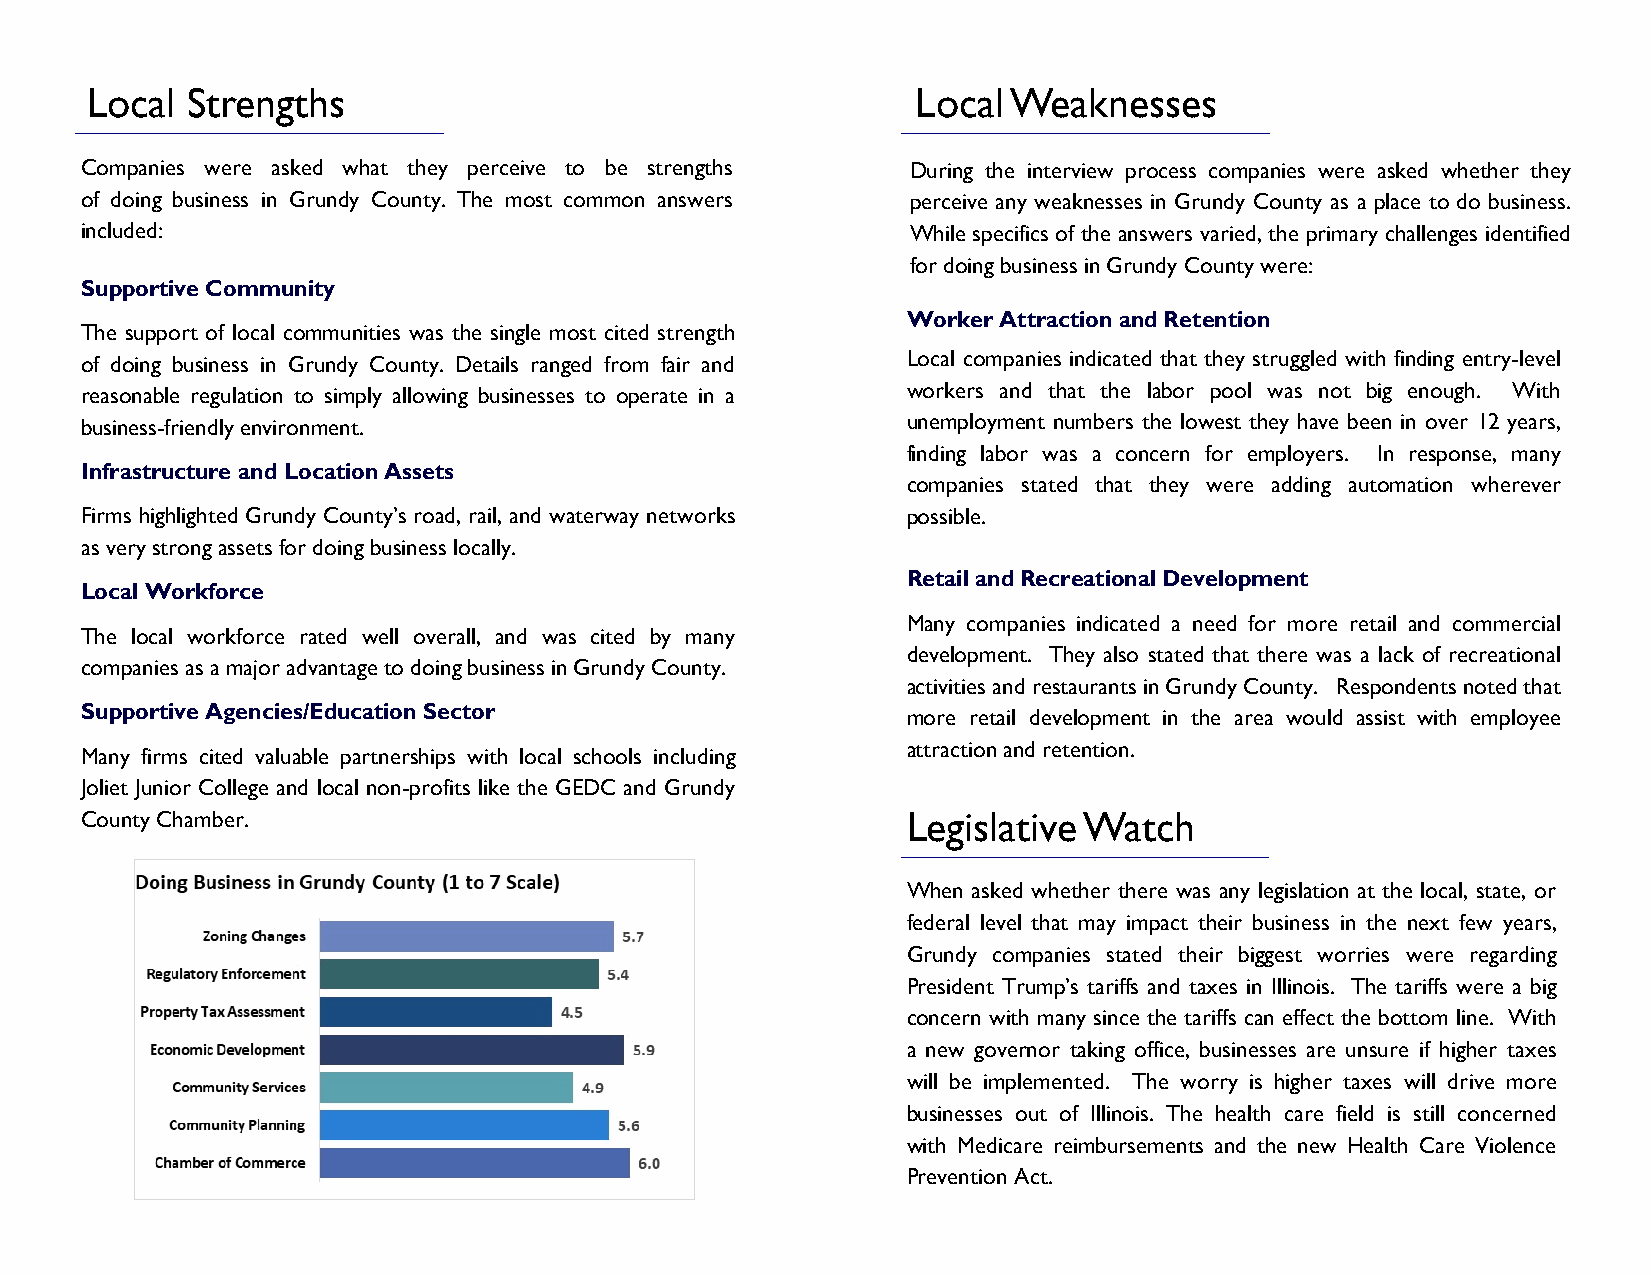
Local Strengths                                        Local Weaknesses
 Companies were asked what they perceive to be strengths During the interview process companies were asked whether they
 of doing business in Grundy County. The most common answers perceive any weaknesses in Grundy County as a place to do business.
 included:                                              While specifics of the answers varied, the primary challenges identified
 for doing business in Grundy County were:
 Supportive Community
 Worker Attraction and Retention
 The support of local communities was the single most cited strength
 of doing business in Grundy County. Details ranged from fair and Local companies indicated that they struggled with finding entry-level
 reasonable regulation to simply allowing businesses to operate in a workers and that the labor pool was not big enough. With
 business-friendly environment.                         unemployment numbers the lowest they have been in over 12 years,
 finding labor was a concern for employers. In response, many
 Infrastructure and Location Assets
 companies stated that they were adding automation wherever
 Firms highlighted Grundy County’s road, rail, and waterway networks possible.
 as very strong assets for doing business locally.
 Retail and Recreational Development
 Local Workforce
 Many companies indicated a need for more retail and commercial
 The local workforce rated well overall, and was cited by many
 development. They also stated that there was a lack of recreational
 companies as a major advantage to doing business in Grundy County.
 activities and restaurants in Grundy County. Respondents noted that
 Supportive Agencies/Education Sector                   more retail development in the area would assist with employee
 attraction and retention.
 Many firms cited valuable partnerships with local schools including
 Joliet Junior College and local non-profits like the GEDC and Grundy
 County Chamber.                                        Legislative Watch
 When asked whether there was any legislation at the local, state, or
 federal level that may impact their business in the next few years,
 Grundy companies stated their biggest worries were regarding
 President Trump’s tariffs and taxes in Illinois. The tariffs were a big
 concern with many since the tariffs can effect the bottom line. With
 a new governor taking office, businesses are unsure if higher taxes
 will be implemented. The worry is higher taxes will drive more
 businesses out of Illinois. The health care field is still concerned
 with Medicare reimbursements and the new Health Care Violence
 Prevention Act.